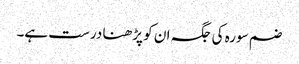
ضم سورہ کی جگہ ان کو پڑھنا درست ہے۔